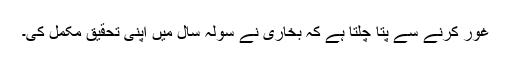
غور کرنے سے پتا چلتا ہے کہ بخاری نے سولہ سال میں اپنی تحقیق مکمل کی۔